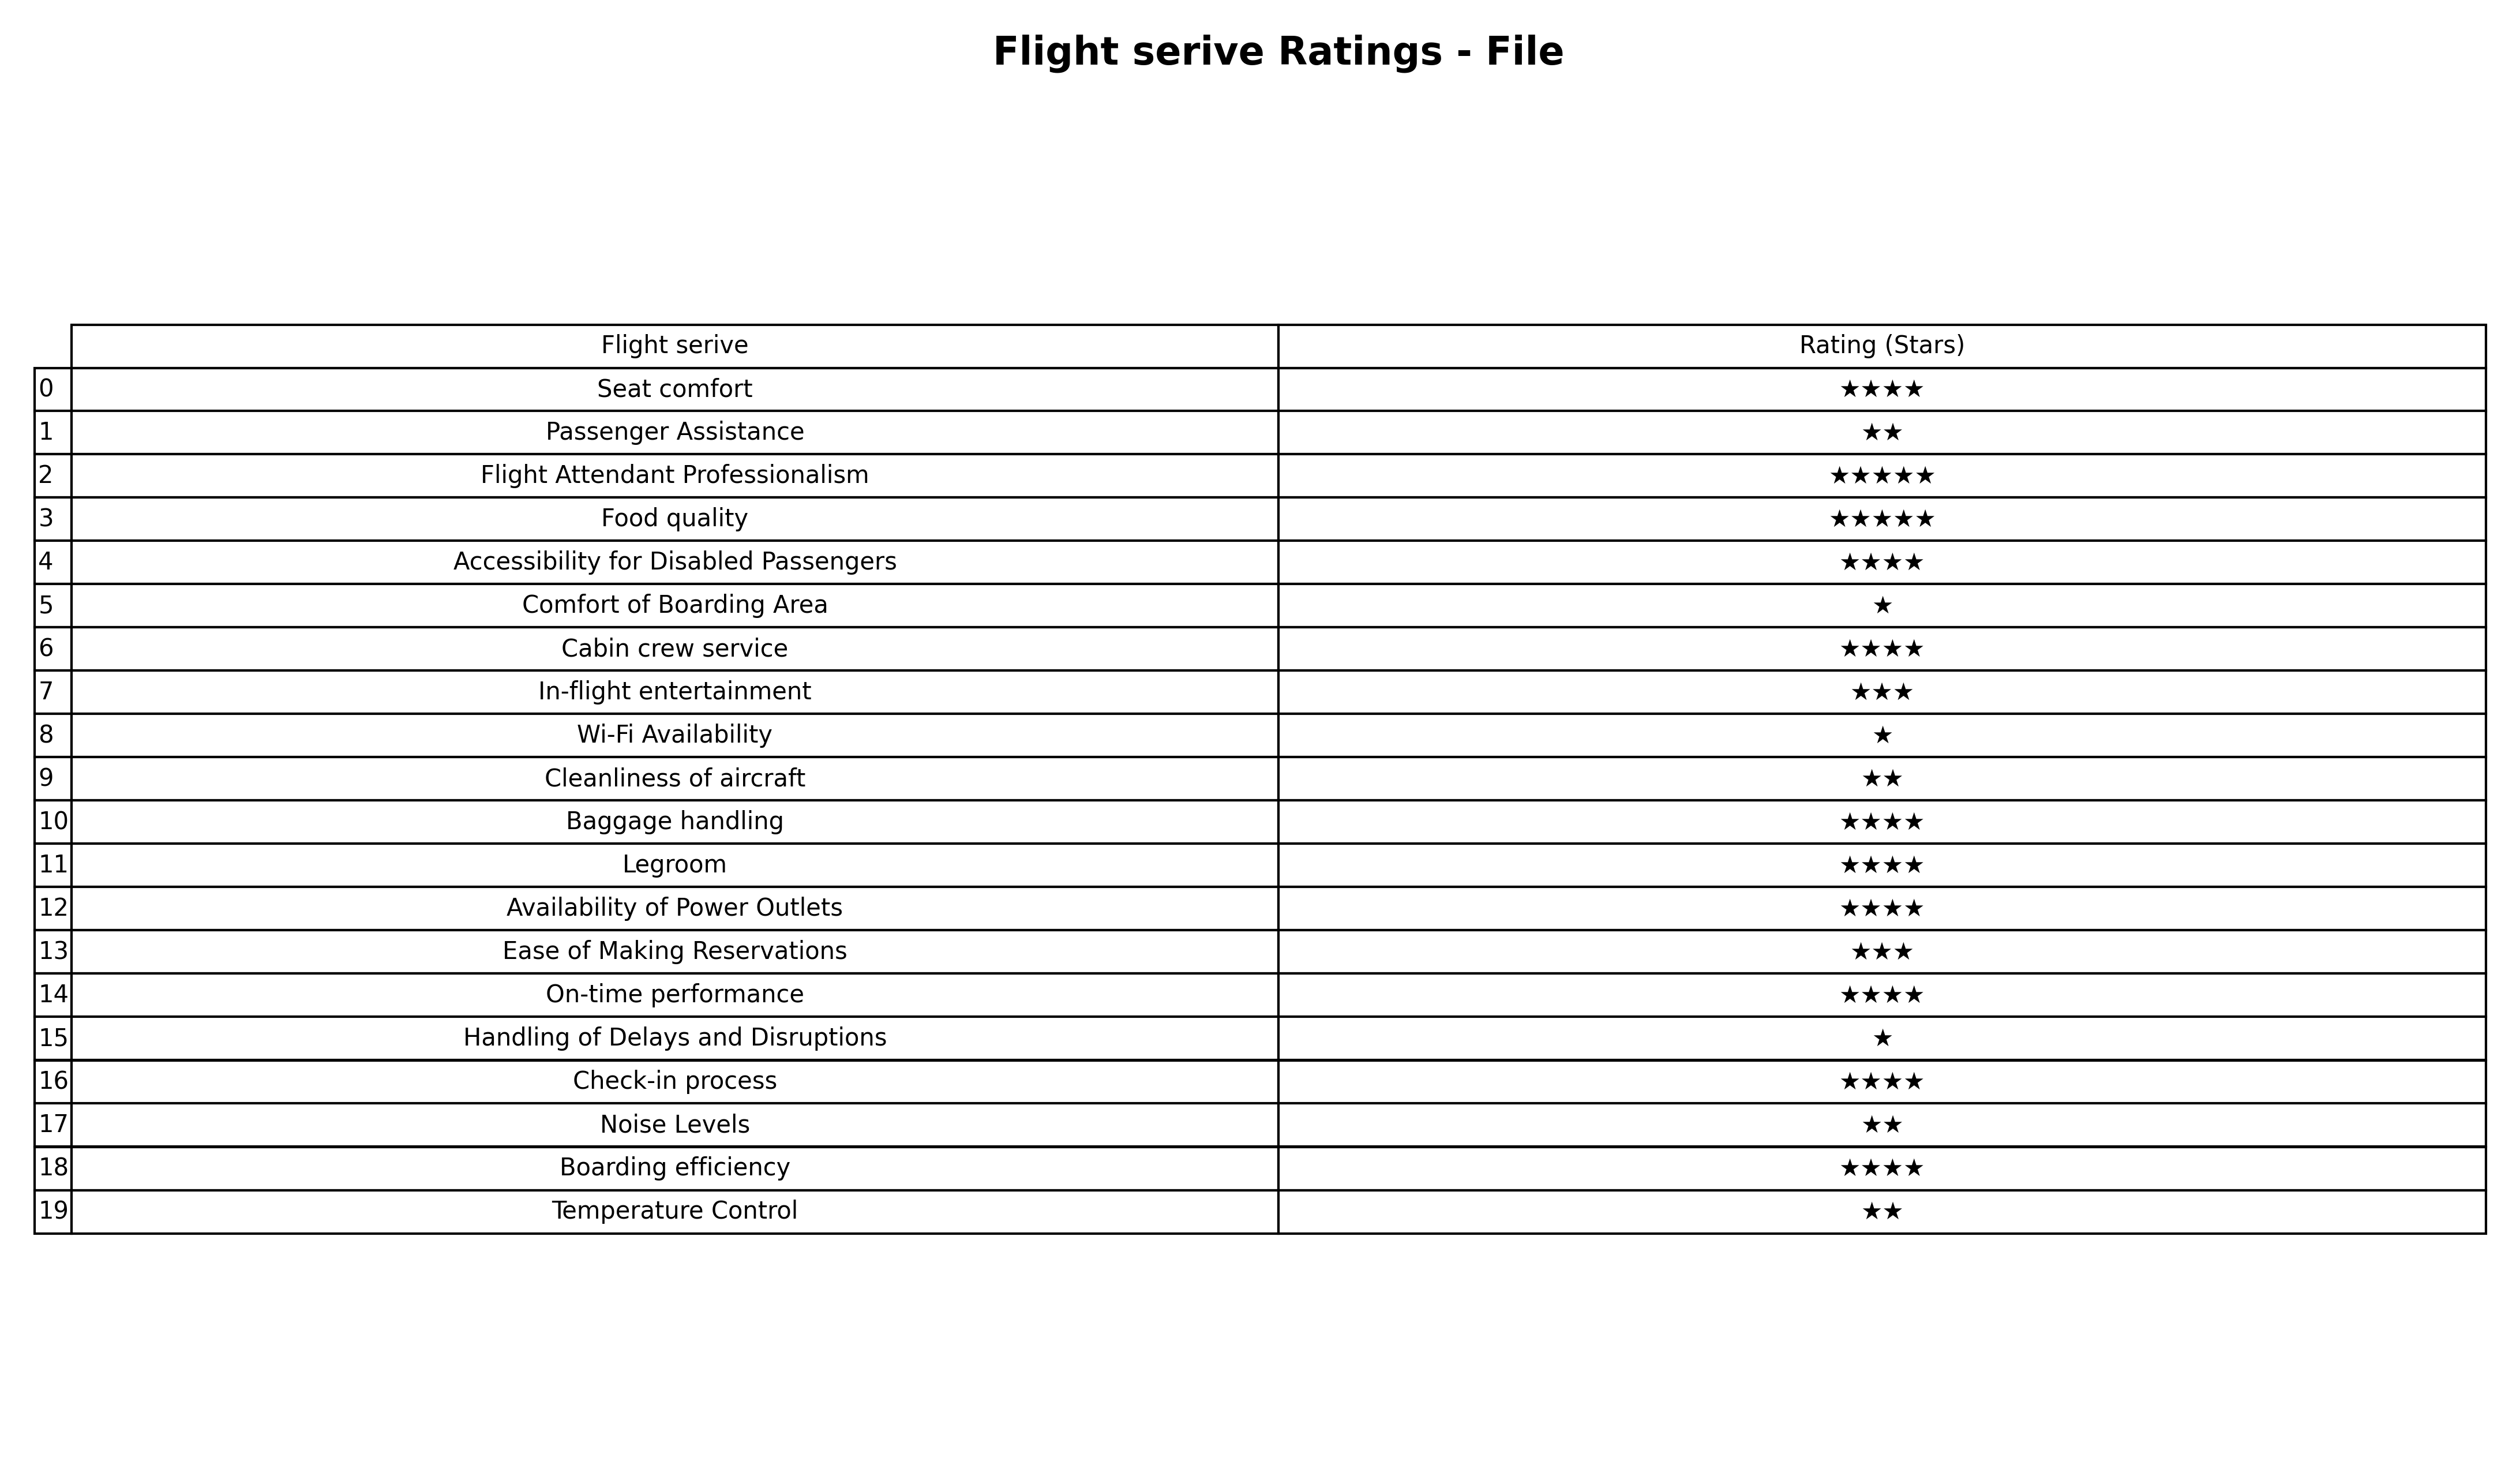
question: What is the rating of Wi-Fi Availability?
answer: ★